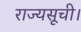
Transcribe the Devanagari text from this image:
राज्यसूची।